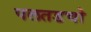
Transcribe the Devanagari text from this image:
पलतडचो